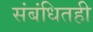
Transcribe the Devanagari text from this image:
संबंधितही